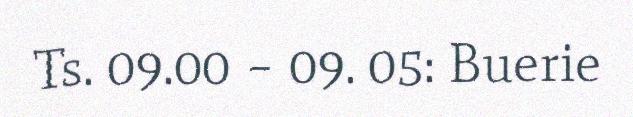
Ts. 09.00 – 09. 05: Buerie